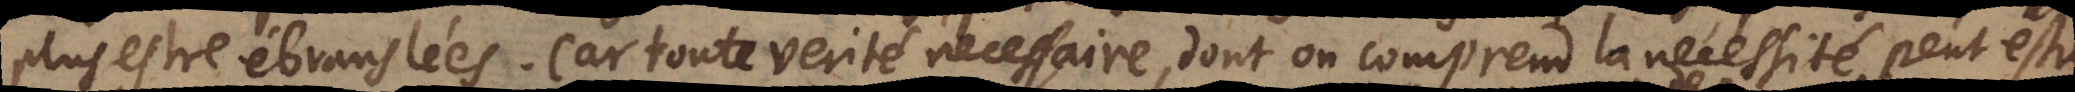
plus estre ébranslées. Car toute verité necessaire, dont on comprend la necessité, peut estre